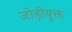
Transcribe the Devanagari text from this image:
जोड़ीयुक्त